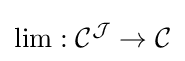
\lim :{\mathcal {C}}^{\mathcal {J}}\to {\mathcal {C}}